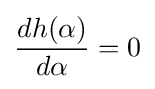
{\frac {dh(\alpha )}{d\alpha }}=0